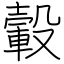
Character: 轂